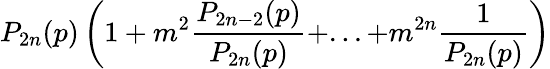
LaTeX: P_{2n}(p)\left(1+m^{2}\frac{P_{2n-2}(p)}{P_{2n}(p)}+...+m^{2n}\frac{1}{P_{2n}(p)}\right)